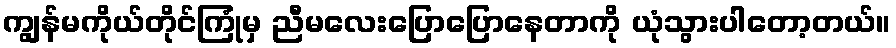
ကျွန်မကိုယ်တိုင်ကြုံမှ ညီမလေးပြောပြောနေတာကို ယုံသွားပါတော့တယ်။